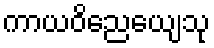
ကာယဝိညေယျေသု